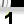
Digit: 1